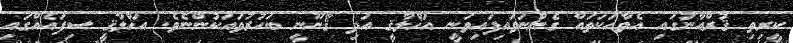
ކީރިތި ޤުރްއާނުގައި އެވާހަކަތައް ގެންނަވައިފައިވަނީ އަޚްލާޤީ އަދި ޤާނޫނީ ބަހުރުވައަކުންނެވެ. އަޚްލާޤީ ސިފައެއްގައި